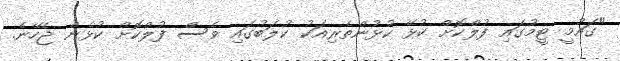
"ގައުމީ ޓީމުގައި ފުލްކޮށް ކުޅޭ ކުޅުންތެރިއަކު ކުލަބުގައި ވެސް ފުލްކޮށް ކުޅެން ޖެހޭނެ.